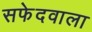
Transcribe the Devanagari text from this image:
सफेदवाला